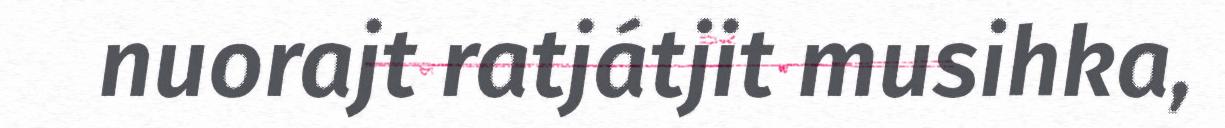
nuorajt ratjátjit musihka,